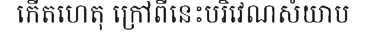
កើតហេតុ ក្រៅពីនេះបរិវេណសំយាប